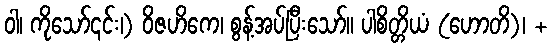
ဝါ၊ ကိုသော်၎င်း၊) ဝိဇဟိကေ၊ စွန့်အပ်ပြီးသော်။ ပါစိတ္တိယံ (ဟောတိ)၊ +